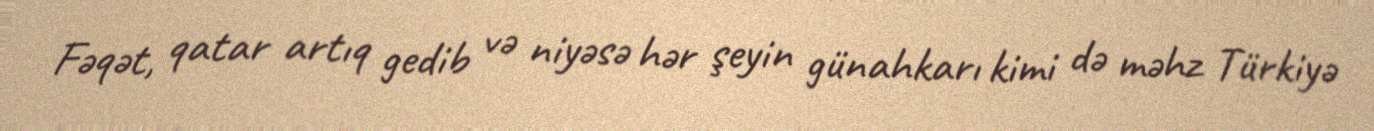
Fəqət, qatar artıq gedib və niyəsə hər şeyin günahkarı kimi də məhz Türkiyə